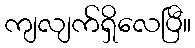
ကျလျက်ရှိလေပြီ။